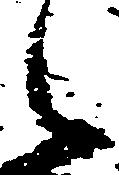
令